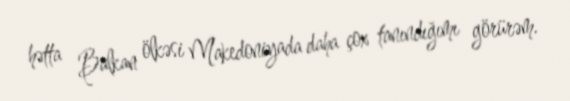
hətta Balkan ölkəsi Makedoniyada daha çox tanındığımı görürəm.